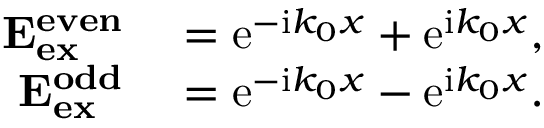
\begin{array} { r l } { \mathbf { E _ { e x } ^ { e v e n } } } & { { } = \mathrm { e } ^ { - \mathrm { i } k _ { 0 } x } + \mathrm { e } ^ { \mathrm { i } k _ { 0 } x } , } \\ { \mathbf { E _ { e x } ^ { o d d } } } & { { } = \mathrm { e } ^ { - \mathrm { i } k _ { 0 } x } - \mathrm { e } ^ { \mathrm { i } k _ { 0 } x } . } \end{array}